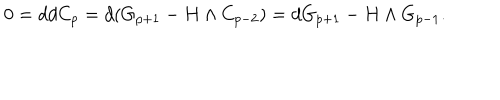
0 = d d C _ { p } = d ( G _ { p + 1 } - H \wedge C _ { p - 2 } ) = d G _ { p + 1 } - H \wedge G _ { p - 1 } .